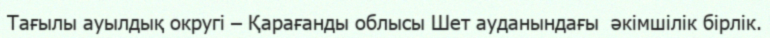
Тағылы ауылдық округі – Қарағанды облысы Шет ауданындағы  әкімшілік бірлік.